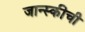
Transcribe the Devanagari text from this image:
जान्स्कीची